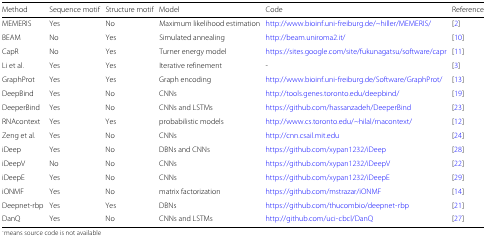
<table><thead><tr><td><b>Method</b></td><td><b>Sequence motif</b></td><td><b>Structure motif</b></td><td><b>Model</b></td><td><b>Code</b></td><td><b>Reference</b></td></tr></thead><tbody><tr><td>MEMERIS</td><td>Yes</td><td>No</td><td>Maximum likelihood estimation</td><td>http://www.bioinf.uni-freiburg.de/~hiller/MEMERIS/</td><td>[2]</td></tr><tr><td>BEAM</td><td>No</td><td>Yes</td><td>Simulated annealing</td><td>http://beam.uniroma2.it/</td><td>[10]</td></tr><tr><td>CapR</td><td>No</td><td>Yes</td><td>Turner energy model</td><td>https://sites.google.com/site/fukunagatsu/software/capr</td><td>[11]</td></tr><tr><td>Li et al.</td><td>Yes</td><td>Yes</td><td>Iterative refinement</td><td>-</td><td>[3]</td></tr><tr><td>GraphProt</td><td>Yes</td><td>Yes</td><td>Graph encoding</td><td>http://www.bioinf.uni-freiburg.de/Software/GraphProt/</td><td>[13]</td></tr><tr><td>DeepBind</td><td>Yes</td><td>No</td><td>CNNs</td><td>http://tools.genes.toronto.edu/deepbind/</td><td>[19]</td></tr><tr><td>DeeperBind</td><td>Yes</td><td>No</td><td>CNNs and LSTMs</td><td>https://github.com/hassanzadeh/DeeperBind</td><td>[23]</td></tr><tr><td>RNAcontext</td><td>Yes</td><td>Yes</td><td>probabilistic models</td><td>http://www.cs.toronto.edu/~hilal/rnacontext/</td><td>[12]</td></tr><tr><td>Zeng et al.</td><td>Yes</td><td>No</td><td>CNNs</td><td>http://cnn.csail.mit.edu</td><td>[24]</td></tr><tr><td>iDeep</td><td>Yes</td><td>No</td><td>DBNs and CNNs</td><td>https://github.com/xypan1232/iDeep</td><td>[28]</td></tr><tr><td>iDeepV</td><td>No</td><td>No</td><td>CNNs</td><td>https://github.com/xypan1232/iDeepV</td><td>[22]</td></tr><tr><td>iDeepE</td><td>Yes</td><td>No</td><td>CNNs</td><td>https://github.com/xypan1232/iDeepE</td><td>[29]</td></tr><tr><td>iONMF</td><td>Yes</td><td>No</td><td>matrix factorization</td><td>https://github.com/mstrazar/iONMF</td><td>[14]</td></tr><tr><td>Deepnet-rbp</td><td>Yes</td><td>Yes</td><td>DBNs</td><td>https://github.com/thucombio/deepnet-rbp</td><td>[21]</td></tr><tr><td>DanQ</td><td>Yes</td><td>No</td><td>CNNs and LSTMs</td><td>http://github.com/uci-cbcl/DanQ</td><td>[27]</td></tr></tbody></table>